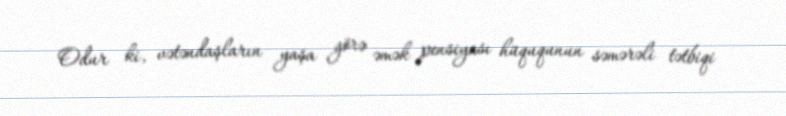
Odur ki, vətəndaşların yaşa görə əmək pensiyası hüququnun səmərəli tətbiqi